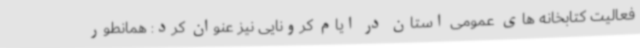
فعالیت کتابخانه های عمومی استان در ایام کرونایی نیز عنوان کرد: همانطور